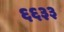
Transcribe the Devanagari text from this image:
६६३३